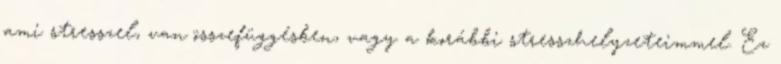
ami stresszel, van összefüggésben, vagy a korábbi stresszhelyzeteimmel. Ez